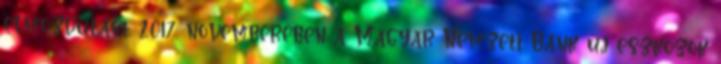
elmozdulást. 2017. novemberében a Magyar Nemzeti Bank új eszközök